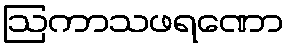
ဩကာသဖရဏော